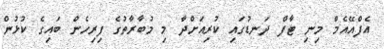
އެފްއޭއެމް މިނި ޓާފް ދަނޑުގައި ކުރިއަށްދާ މި މުބާރާތުގެ ފިރިހެން ބައިގެ ކުޅުން